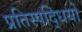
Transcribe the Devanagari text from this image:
प्रतिस्पद्धियों